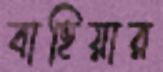
বাহিয়ার